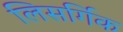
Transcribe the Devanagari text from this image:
लिसर्गिक